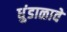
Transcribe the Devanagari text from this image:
धुंडाळावे